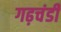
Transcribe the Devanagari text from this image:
गढ़चंडी